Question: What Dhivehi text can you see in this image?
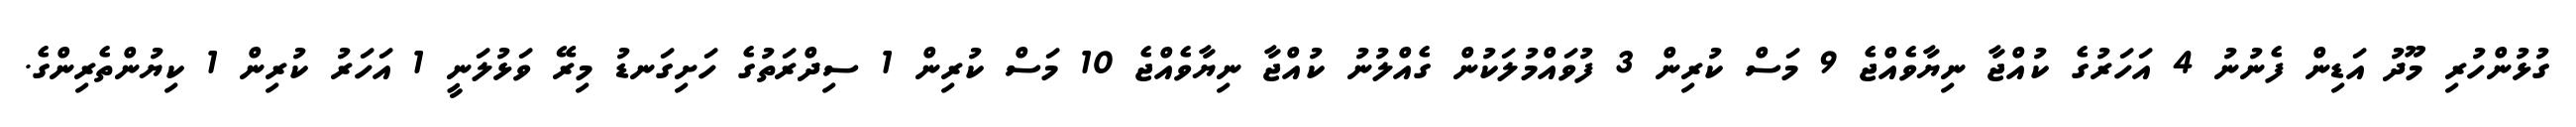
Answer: ގުޅުންހުރި މޫދު އަޑިން ފެނުނު 4 އަހަރުގެ ކުއްޖާ ނިޔާވެއްޖެ 9 މަސް ކުރިން 3 ފުވައްމުލަކުން ގެއްލުނު ކުއްޖާ ނިޔާވެއްޖެ 10 މަސް ކުރިން 1 ސިދްރަތުގެ ހަށިގަނޑު މިރޭ ވަޅުލަނީ 1 އަހަރު ކުރިން 1 ކިޔުންތެރިންގެ.